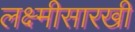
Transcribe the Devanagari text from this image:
लक्ष्मीसारखी